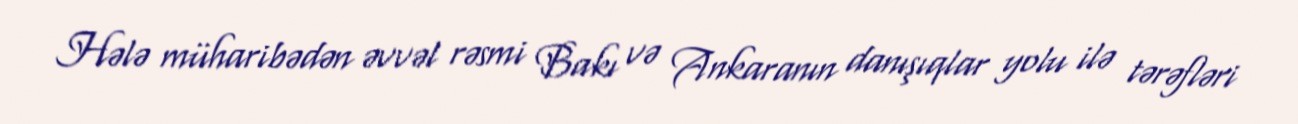
Hələ müharibədən əvvəl rəsmi Bakı və Ankaranın danışıqlar yolu ilə tərəfləri